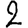
Digit: 2